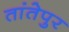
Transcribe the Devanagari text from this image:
तांतेपुर